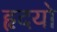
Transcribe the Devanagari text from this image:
हृदयो